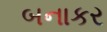
બનાકર